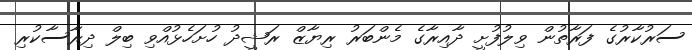
ސަރުކާރުގެ ފަރާތުން ވިލުފުށީ ދާއިރާގެ މެންބަރު ރިޔާޒް ރަޝީދު ހުށަހެޅުއްވި ބިލް ދިރާސާކުރި